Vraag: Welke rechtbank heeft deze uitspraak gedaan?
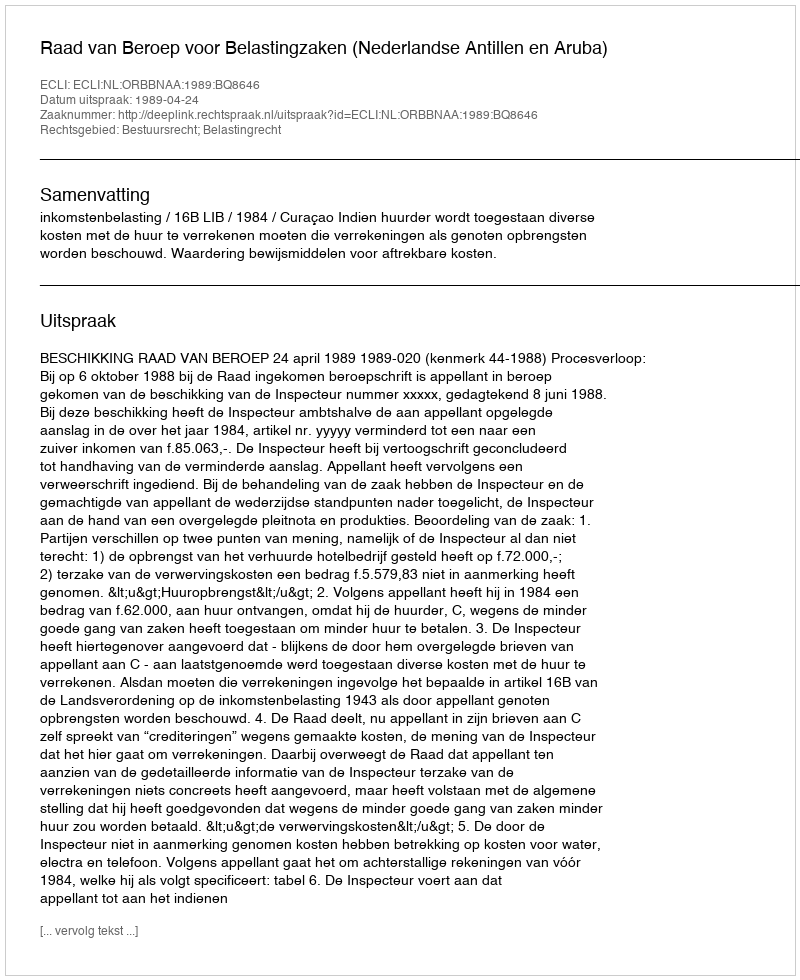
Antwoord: Raad van Beroep voor Belastingzaken (Nederlandse Antillen en Aruba)